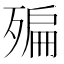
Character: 𣩀